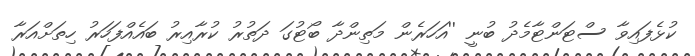
ކުޅެފައިވާ ސްޓަންޓާމެދު ބުނީ ''އަހަރެން މަތިންދާ ބޯޓުގަ ދަތުރު ކުރާއިރު ބައެއްފަހަރު ހިތަށްއަރާ